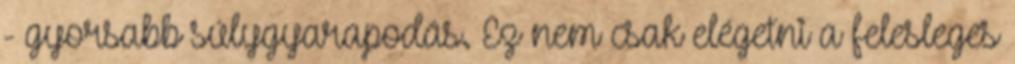
- gyorsabb súlygyarapodás. Ez nem csak elégetni a felesleges